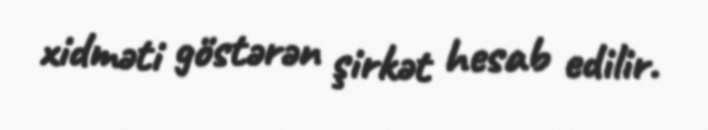
xidməti göstərən şirkət hesab edilir.